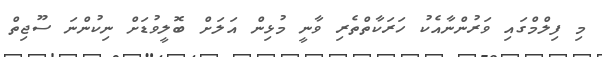
މި ފިލްމްގައި ވަރުންނާއެކު ހަރަކާތްތެރި ވާނީ މުޅިން އަލަށް ބޮލީވުޑަށް ނިކުންނަ ސޫޖިތް